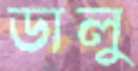
ডালু